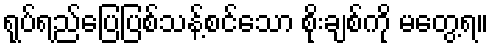
ရုပ်ရည်ပြေပြစ်သန့်စင်သော စိုးချစ်ကို မတွေ့ရ။